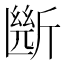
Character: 㫁